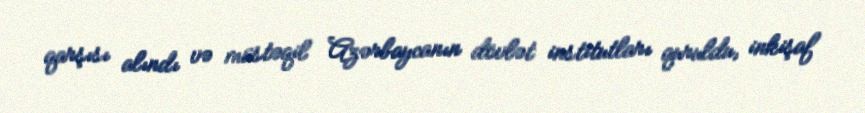
qarşısı alındı və müstəqil Azərbaycanın dövlət institutları quruldu, inkişaf